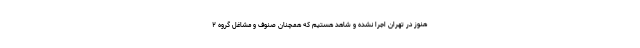
هنوز در تهران اجرا نشده و شاهد هستیم که همچنان صنوف و مشاغل گروه ۲